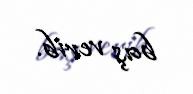
baş verib.